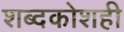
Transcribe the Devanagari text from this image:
शब्दकोशही